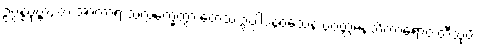
ဥပ္ပန္နပုဗ္ဗာ, တံ အာကာရံ သလ္လက္ခေတွာ တေသံ ဥပ္ပါဒနဝသေန ပဝတ္တမနသိကာရောဝ တီသုပိ